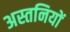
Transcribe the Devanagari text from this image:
अस्तनियों